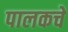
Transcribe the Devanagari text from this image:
पालकचे